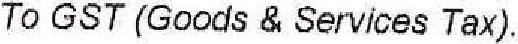
TO GST (GOODS & SERVICES TAX)